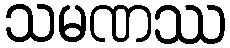
သမဏဿ